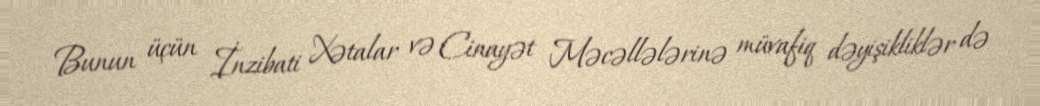
Bunun üçün İnzibati Xətalar və Cinayət Məcəllələrinə müvafiq dəyişikliklər də